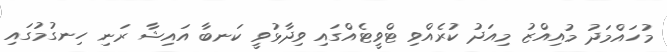
މުހައްމަދު މުއިއްޒު މިއަދު ކުރެއްވި ޓްވީޓެއްގައި ވިދާޅުވީ ކަނބާ އައިޝާ ރަނި ހިނގުމުގައި